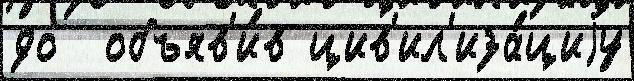
до  объяв'и́в цив'ил'иза́циjу